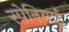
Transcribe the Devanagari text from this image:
स्‍पेनियाई